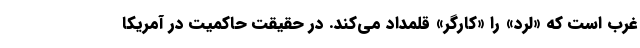
غرب است که «لرد» را «کارگر» قلمداد می‌کند. در حقیقت حاکمیت در آمریکا